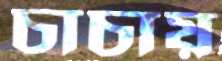
চাচায়